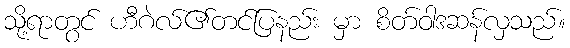
သို့ရာတွင် ဟီဂဲလ်၏တင်ပြနည်း မှာ စိတ်ဝါဒဆန်လှသည်။